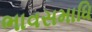
ભાવસમાધિ